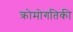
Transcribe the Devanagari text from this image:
क्रोमोगतिकी